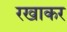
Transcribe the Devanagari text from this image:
रखाकर